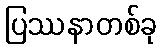
ပြဿနာတစ်ခု